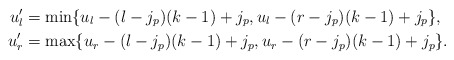
\begin{align*}u_l' &= \min \{u_l - (l-j_p)(k-1) + j_p, u_l - (r-j_p)(k-1) + j_p\}, \\u_r' &= \max \{u_r - (l-j_p)(k-1) + j_p, u_r - (r-j_p)(k-1) + j_p\}.\end{align*}